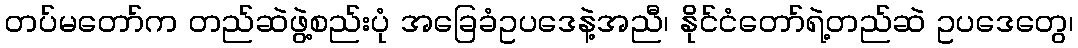
တပ်မတော်က တည်ဆဲဖွဲ့စည်းပုံ အခြေခံဥပဒေနဲ့အညီ၊ နိုင်ငံတော်ရဲ့တည်ဆဲ ဥပဒေတွေ၊